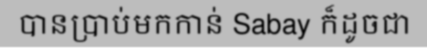
បានប្រាប់មកកាន់ Sabay ក៏ដូចជា